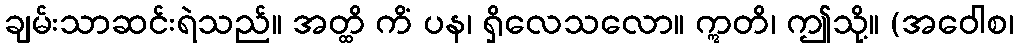
ချမ်းသာဆင်းရဲသည်။ အတ္ထိ ကိံ ပန၊ ရှိလေသလော။ ဣတိ၊ ဤသို့။ (အဝေါစ၊